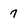
Character: 7